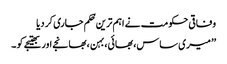
وفاقی حکومت نے اہم ترین حُکم جاری کر دیا
’’ میری ساس، بھائی،بہن ،بھانجے اور بھتیجے کو ۔